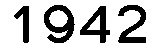
1942